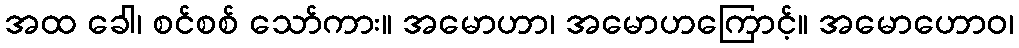
အထ ခေါ၊ စင်စစ် သော်ကား။ အမောဟာ၊ အမောဟကြောင့်။ အမောဟောဝ၊